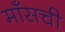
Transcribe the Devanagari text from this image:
माँसची